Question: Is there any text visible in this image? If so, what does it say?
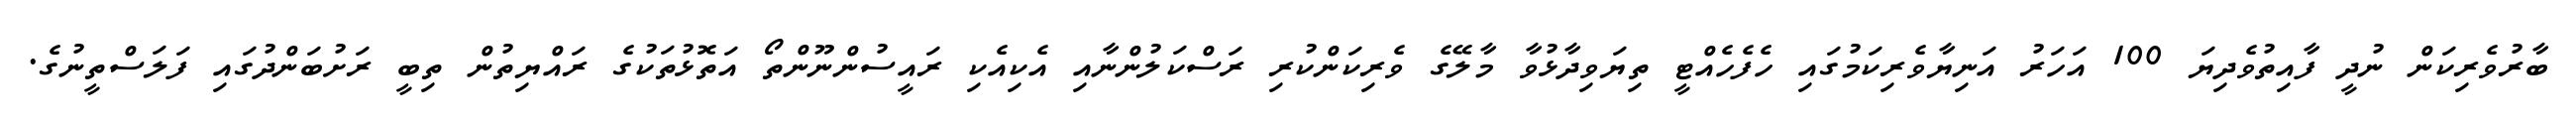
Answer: ބާރުވެރިކަން ނުދީ ފާއިތުވެދިޔަ 100 އަހަރު އަނިޔާވެރިކަމުގައި ހެފެހެއްޓީ ތިޔަވިދާޅުވާ މާލޭގެ ވެރިކަންކުރި ރަސްކަލުންނާއި އެކިއެކި ރައީސުންނޫންތޯ އަތޮޅުތަކުގެ ރައްޔިތުން ތިބީ ރަށުބަންދުގައި ފަލަސްތީނުގެ.